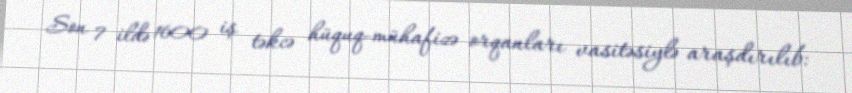
Son 7 ildə 1600 iş təkcə hüquq-mühafizə orqanları vasitəsiylə araşdırılıb: